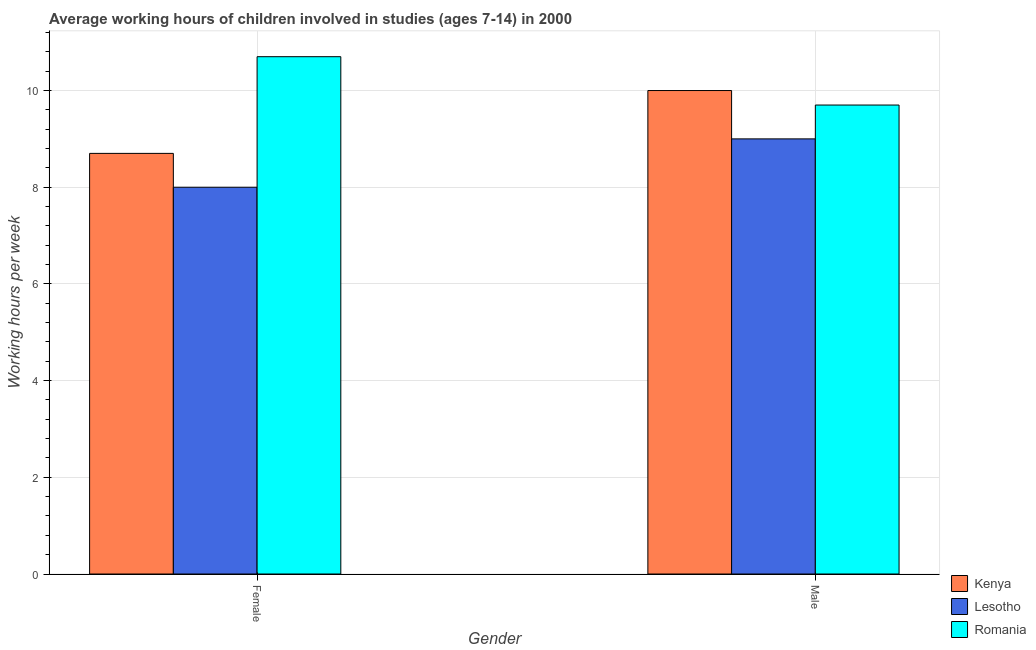
| Gender | Kenya | Lesotho | Romania |
 | --- | --- | --- | --- |
 | Female | 8.7 | 8 | 10.7 |
 | Male | 10 | 9 | 9.7 |